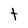
Character: t